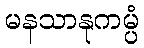
မနသာနုကမ္ပံ